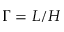
\Gamma = L / H